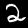
Digit: 2